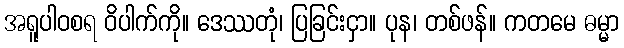
အရူပါဝစရ ဝိပါက်ကို။ ဒေဿတုံ၊ ပြခြင်းငှာ။ ပုန၊ တစ်ဖန်။ ကတမေ ဓမ္မာ